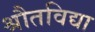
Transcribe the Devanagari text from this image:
श्रौतविद्या